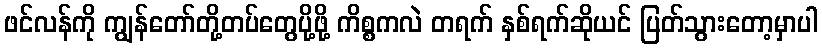
ဖင်လန်ကို ကျွန်တော်တို့တပ်တွေပို့ဖို့ ကိစ္စကလဲ တရက် နှစ်ရက်ဆိုယင် ပြတ်သွားတော့မှာပါ